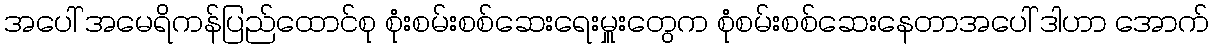
အပေါ် အမေရိကန်ပြည်ထောင်စု စုံးစမ်းစစ်ဆေးရေးမှူးတွေက စုံစမ်းစစ်ဆေးနေတာအပေါ် ဒါဟာ အောက်